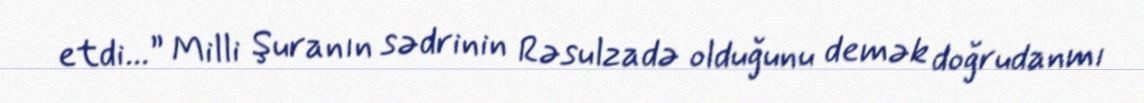
etdi...” Milli Şuranın sədrinin Rəsulzadə olduğunu demək doğrudanmı